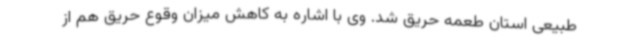
طبیعی استان طعمه حریق شد. وی با اشاره به کاهش میزان وقوع حریق هم از